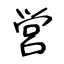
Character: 営